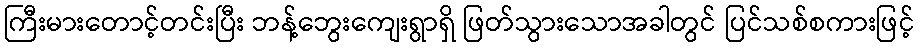
ကြီးမားတောင့်တင်းပြီး ဘန့်ဘွေးကျေးရွာရှိ ဖြတ်သွားသောအခါတွင် ပြင်သစ်စကားဖြင့်